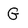
Character: g